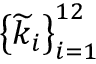
\left\{ \widetilde { k } _ { i } \right\} _ { i = 1 } ^ { 1 2 }